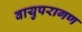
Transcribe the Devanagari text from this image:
वायुपरागण